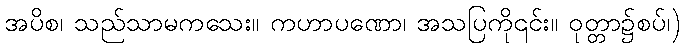
အပိစ၊ သည်သာမကသေး။ ကဟာပဏော၊ အသပြကို၎င်း။ ဝုတ္တာ၌စပ်၊)